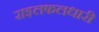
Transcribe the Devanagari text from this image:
राइलफलधारी